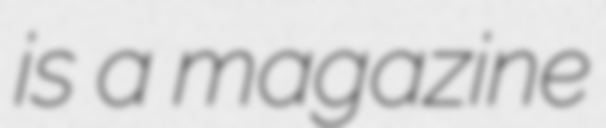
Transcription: is a magazine